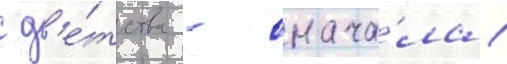
с д'е́тства - снача́ла